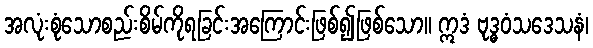
အလုံးစုံသောစည်းစိမ်ကိုရခြင်းအကြောင်းဖြစ်၍ဖြစ်သော။ ဣဒံ ဗုဒ္ဓဝံသဒေသနံ၊